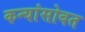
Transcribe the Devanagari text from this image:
कन्यांसोबत